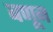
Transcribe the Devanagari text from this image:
बणून